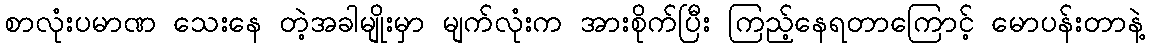
စာလုံးပမာဏ သေးနေ တဲ့အခါမျိုးမှာ မျက်လုံးက အားစိုက်ပြီး ကြည့်နေရတာကြောင့် မောပန်းတာနဲ့